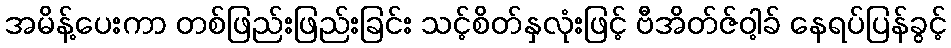
အမိန့်ပေးကာ တစ်ဖြည်းဖြည်းခြင်း သင့်စိတ်နှလုံးဖြင့် ဗီအိတ်ဇ်ဝါ့ခ် နေရပ်ပြန်ခွင့်